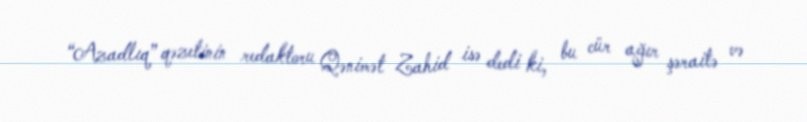
“Azadlıq” qəzetinin redaktoru Qənimət Zahid isə dedi ki, bu cür ağır şəraitə və